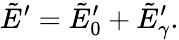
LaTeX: \tilde{E}^{\prime}=\tilde{E}_{0}^{\prime}+\tilde{E}_{\gamma}^{\prime}.